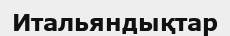
Итальяндықтар